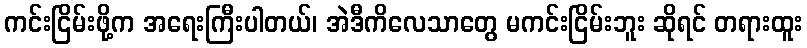
ကင်းငြိမ်းဖို့က အရေးကြီးပါတယ်၊ အဲဒီကိလေသာတွေ မကင်းငြိမ်းဘူး ဆိုရင် တရားထူး